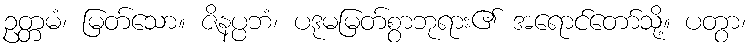
ဥတ္တမံ၊ မြတ်သော။ ဇိနပ္ပဘံ၊ ပဒုမမြတ်စွာဘုရား၏ အရောင်တော်သို့။ ပတွာ၊